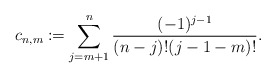
\begin{align*} c_{n,m}\coloneqq\sum_{j=m+1}^n\frac{(-1)^{j-1}}{(n-j)!(j-1-m)!}.\end{align*}